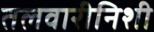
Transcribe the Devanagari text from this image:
तलवारीनिशी